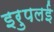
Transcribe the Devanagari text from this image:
इरुपलई